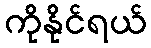
ကိုနိုင်ရယ်